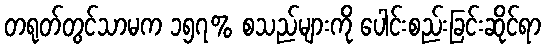
တရုတ်တွင်သာမက ၁၅၇% စသည်များကို ပေါင်းစည်းခြင်းဆိုင်ရာ